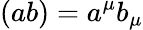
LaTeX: (ab)=a^{\mu}b_{\mu}